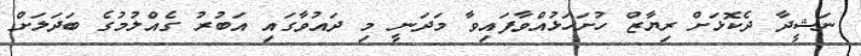
ނަޝީދާ ދެކޮޅަށް ރިޔާޒް ހުށަހަޅުއްވާފައިވާ މަދަނީ މި ދައުވާގައި އަބުރު ގެއްލުމުގެ ބަދަލަށް